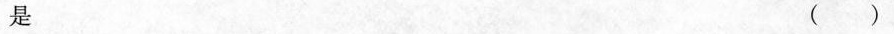
是 ()